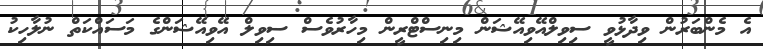
އެ މެންބަރުން ވިދާޅުވީ ސިވިލްއޭވިއޭޝަން މިނިސްޓްރީން މިހާރުވެސް ސިވިލް އޭވިއޭޝަންގެ މަސައްކަތް ނުލާހިކު